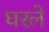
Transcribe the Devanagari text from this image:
घरले